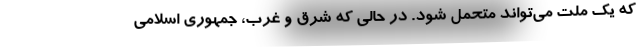
که یک ملت می‌تواند متحمل شود. در حالی که شرق و غرب، جمهوری اسلامی